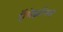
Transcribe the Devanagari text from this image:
ऍमेझॉनचे